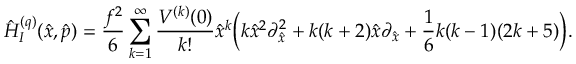
\hat { H } _ { I } ^ { ( q ) } ( \hat { x } , \hat { p } ) = \frac { f ^ { 2 } } { 6 } \sum _ { k = 1 } ^ { \infty } \frac { V ^ { ( k ) } ( 0 ) } { k ! } \hat { x } ^ { k } \biggl ( k \hat { x } ^ { 2 } \partial _ { \hat { x } } ^ { 2 } + k ( k + 2 ) \hat { x } \partial _ { \hat { x } } + \frac { 1 } { 6 } k ( k - 1 ) ( 2 k + 5 ) \biggr ) .